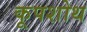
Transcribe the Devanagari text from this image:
कूपशोथ